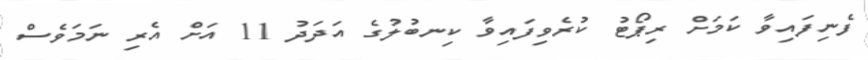
ފެނިފައިވާ ކަމަށް ރިޕޯޓު ކުރެވިފައިވާ ކިނބުލުގެ އަދަދު 11 އަށް އެރި ނަމަވެސް